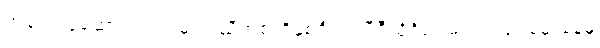
အရေးယူဆောင်ရွက်ရမည့် ညီအစ်ကိုနှစ်ဦးက ဗီဒီယိုဂိမ်း မသံဒါဖြူ မွေးနေ့မှ